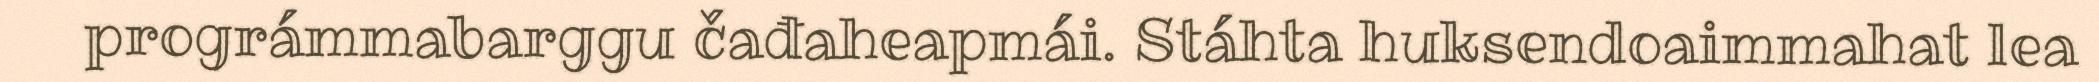
prográmmabarggu čađaheapmái. Stáhta huksendoaimmahat lea